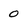
Character: 0